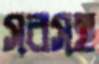
সরসহ